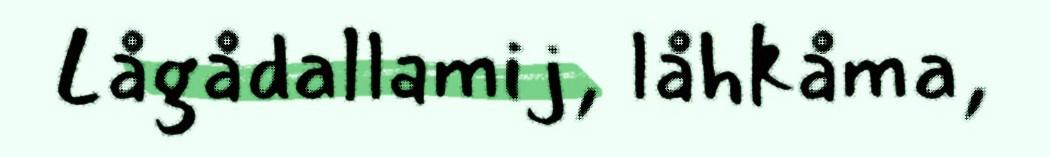
Lågådallamij, låhkåma,